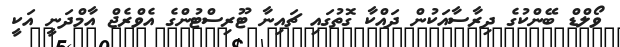
ވޯލްޑް ބޭންކުގެ ދިރާސާއަކުން ދައްކާ ގޮތުގައި ޗައިނާ ޓޫރިސްޓުންގެ އެވްރެޖް އާމްދަނީ އަކީ